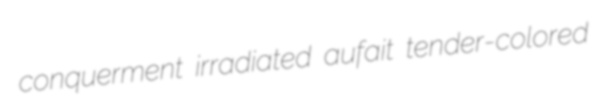
conquerment irradiated aufait tender-colored